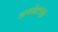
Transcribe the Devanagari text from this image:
अनसेटल्ड